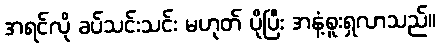
အရင်လို ခပ်သင်းသင်း မဟုတ် ပိုပြီး အနံ့စူးရှလာသည်။